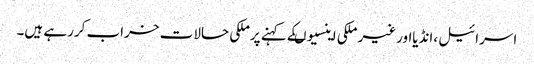
اسرائیل ،انڈیااورغیر ملکی اینسیوںکے کہنے پرملکی حالات خراب کررہے ہیں۔